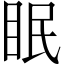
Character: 眠